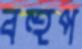
বহুপ